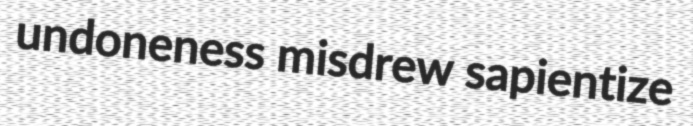
undoneness misdrew sapientize